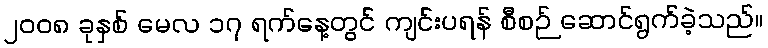
၂၀၀၈ ခုနှစ် မေလ ၁၇ ရက်နေ့တွင် ကျင်းပရန် စီစဉ် ဆောင်ရွက်ခဲ့သည်။